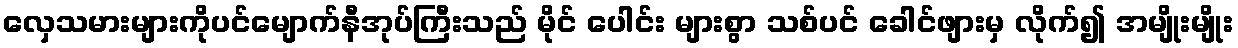
လှေသမားများကိုပင်မျောက်နီအုပ်ကြီးသည် မိုင် ပေါင်း များစွာ သစ်ပင် ခေါင်ဖျားမှ လိုက်၍ အမျိုးမျိုး